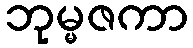
ဘုမ္မဇကာ